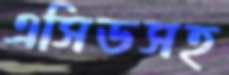
এসিডসহ